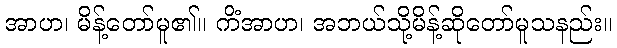
အာဟ၊ မိန့်တော်မူ၏။ ကိံအာဟ၊ အဘယ်သို့မိန့်ဆိုတော်မူသနည်း။